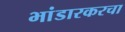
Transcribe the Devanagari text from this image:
भांडारकरचा